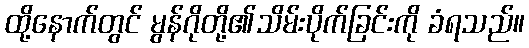
ထို့နောက်တွင် မွန်ဂိုတို့၏သိမ်းပိုက်ခြင်းကို ခံရသည်။